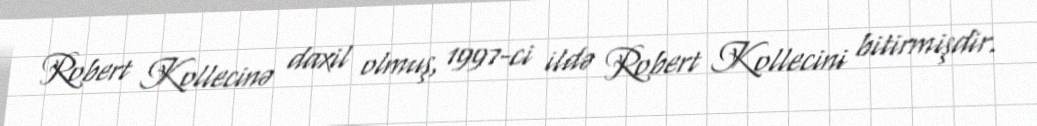
Robert Kollecinə daxil olmuş, 1997-ci ildə Robert Kollecini bitirmişdir.